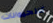
كالحيوانات